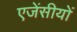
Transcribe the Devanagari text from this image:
एजेंसीयों